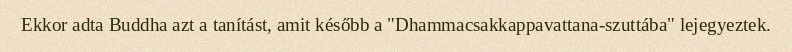
Ekkor adta Buddha azt a tanítást, amit később a "Dhammacsakkappavattana-szuttába" lejegyeztek.